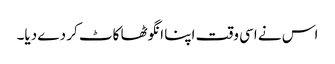
اس نے اسی وقت اپنا انگوٹھا کاٹ کر دے دیا۔